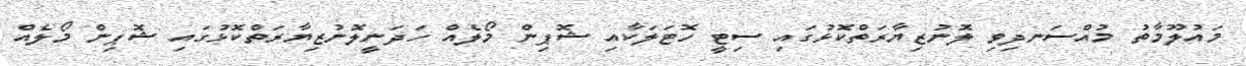
މައުލޫމާތު މުއްސަނދިވި ލޮނުޒިޔާރަތްކޮޅުގައި ސިޓީ ހޮޓަލަކާއި ޝޮޕިން މޯލެއް ހަދަނީލޮނުޒިޔާރަތްކޮޅުގައި ޝޮޕިން މޯލެއް